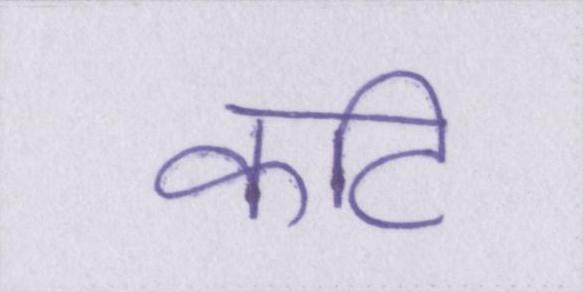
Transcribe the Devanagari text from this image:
कटि